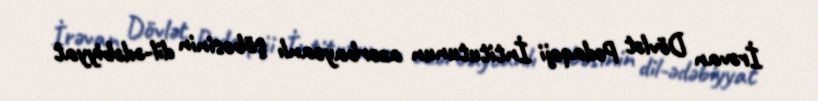
İrəvan Dövlət Pedaqoji İntitutunun azərbaycanlı şöbəsinin dil-ədəbiyyat